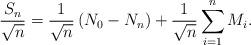
LaTeX: \begin{align*}\frac{S_{n}}{\sqrt{n}}=\frac{1}{\sqrt{n} } \left(N_{0}-N_{n} \right)+\frac{1}{\sqrt{n}} \sum_{i=1}^{n}M_{i}.\end{align*}